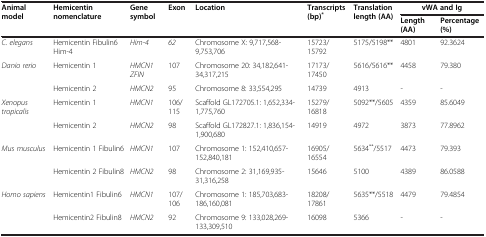
<table><thead><tr><td><b>Animal model</b></td><td><b>Hemicentin nomenclature</b></td><td><b>Gene symbol</b></td><td><b>Exon</b></td><td><b>Location</b></td><td><b>Transcripts (bp)<sup>*</sup></b></td><td><b>Translation length (AA)</b></td><td colspan="2"><b>vWA and Ig</b></td></tr><tr><td colspan="7"><b> </b></td><td><b>Length (AA)</b></td><td><b>Percentage (%)</b></td></tr></thead><tbody><tr><td><i>C. elegans</i></td><td>Hemicentin Fibulin6 Him-4</td><td><i>Him-4</i></td><td><i>62</i></td><td>Chromosome X: 9,717,568-9,753,706</td><td>15723/15792</td><td>5175/5198**</td><td>4801</td><td>92.3624</td></tr><tr><td rowspan="2"><i>Danio rerio</i></td><td>Hemicentin 1</td><td><i>HMCN1 ZFIN</i></td><td>107</td><td>Chromosome 20: 34,182,641-34,317,215</td><td>17173/17450</td><td>5616/5616**</td><td>4458</td><td>79.380</td></tr><tr><td>Hemicentin 2</td><td><i>HMCN2</i></td><td>95</td><td>Chromosome 8: 33,554,295</td><td>14739</td><td>4913</td><td>-</td><td>-</td></tr><tr><td rowspan="2"><i>Xenopus tropicalis</i></td><td>Hemicentin 1</td><td><i>HMCN1</i></td><td>106/115</td><td>Scaffold GL172705.1: 1,652,334-1,775,760</td><td>15279/16818</td><td>5092**/5605</td><td>4359</td><td>85.6049</td></tr><tr><td>Hemicentin 2</td><td><i>HMCN2</i></td><td>98</td><td>Scaffold GL172827.1: 1,836,154-1,900,680</td><td>14919</td><td>4972</td><td>3873</td><td>77.8962</td></tr><tr><td rowspan="2"><i>Mus musculus</i></td><td>Hemicentin 1 Fibulin6</td><td><i>HMCN1</i></td><td>107</td><td>Chromosome 1: 152,410,657-152,840,181</td><td>16905/16554</td><td>5634<sup>**</sup>/5517</td><td>4473</td><td>79.393</td></tr><tr><td>Hemicentin 2 Fibulin8</td><td><i>HMCN2</i></td><td>98</td><td>Chromosome 2: 31,169,935-31,316,258</td><td>15646</td><td>5100</td><td>4389</td><td>86.0588</td></tr><tr><td><i>Homo sapiens</i></td><td>Hemicentin1 Fibulin6</td><td><i>HMCN1</i></td><td>107/106</td><td>Chromosome 1: 185,703,683-186,160,081</td><td>18208/17861</td><td>5635**/5518</td><td>4479</td><td>79.4854</td></tr><tr><td> </td><td>Hemicentin2 Fibulin8</td><td><i>HMCN2</i></td><td>92</td><td>Chromosome 9: 133,028,269-133,309,510</td><td>16098</td><td>5366</td><td>-</td><td>-</td></tr></tbody></table>